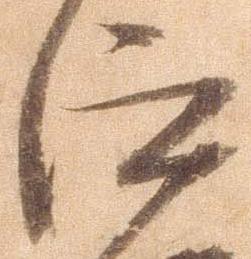
仰